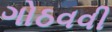
ગોઠવવી